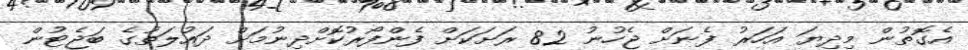
އެގޮތުން މިދިޔަ އަހަރު ފެނަށް ޖެހުނު 82 ރަށަކަށް ފެންފޯރުކޮށްދިނުމަށް ދައުލަތުގެ ބަޖެޓުން